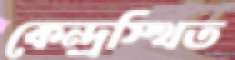
কেন্দ্রস্থিত